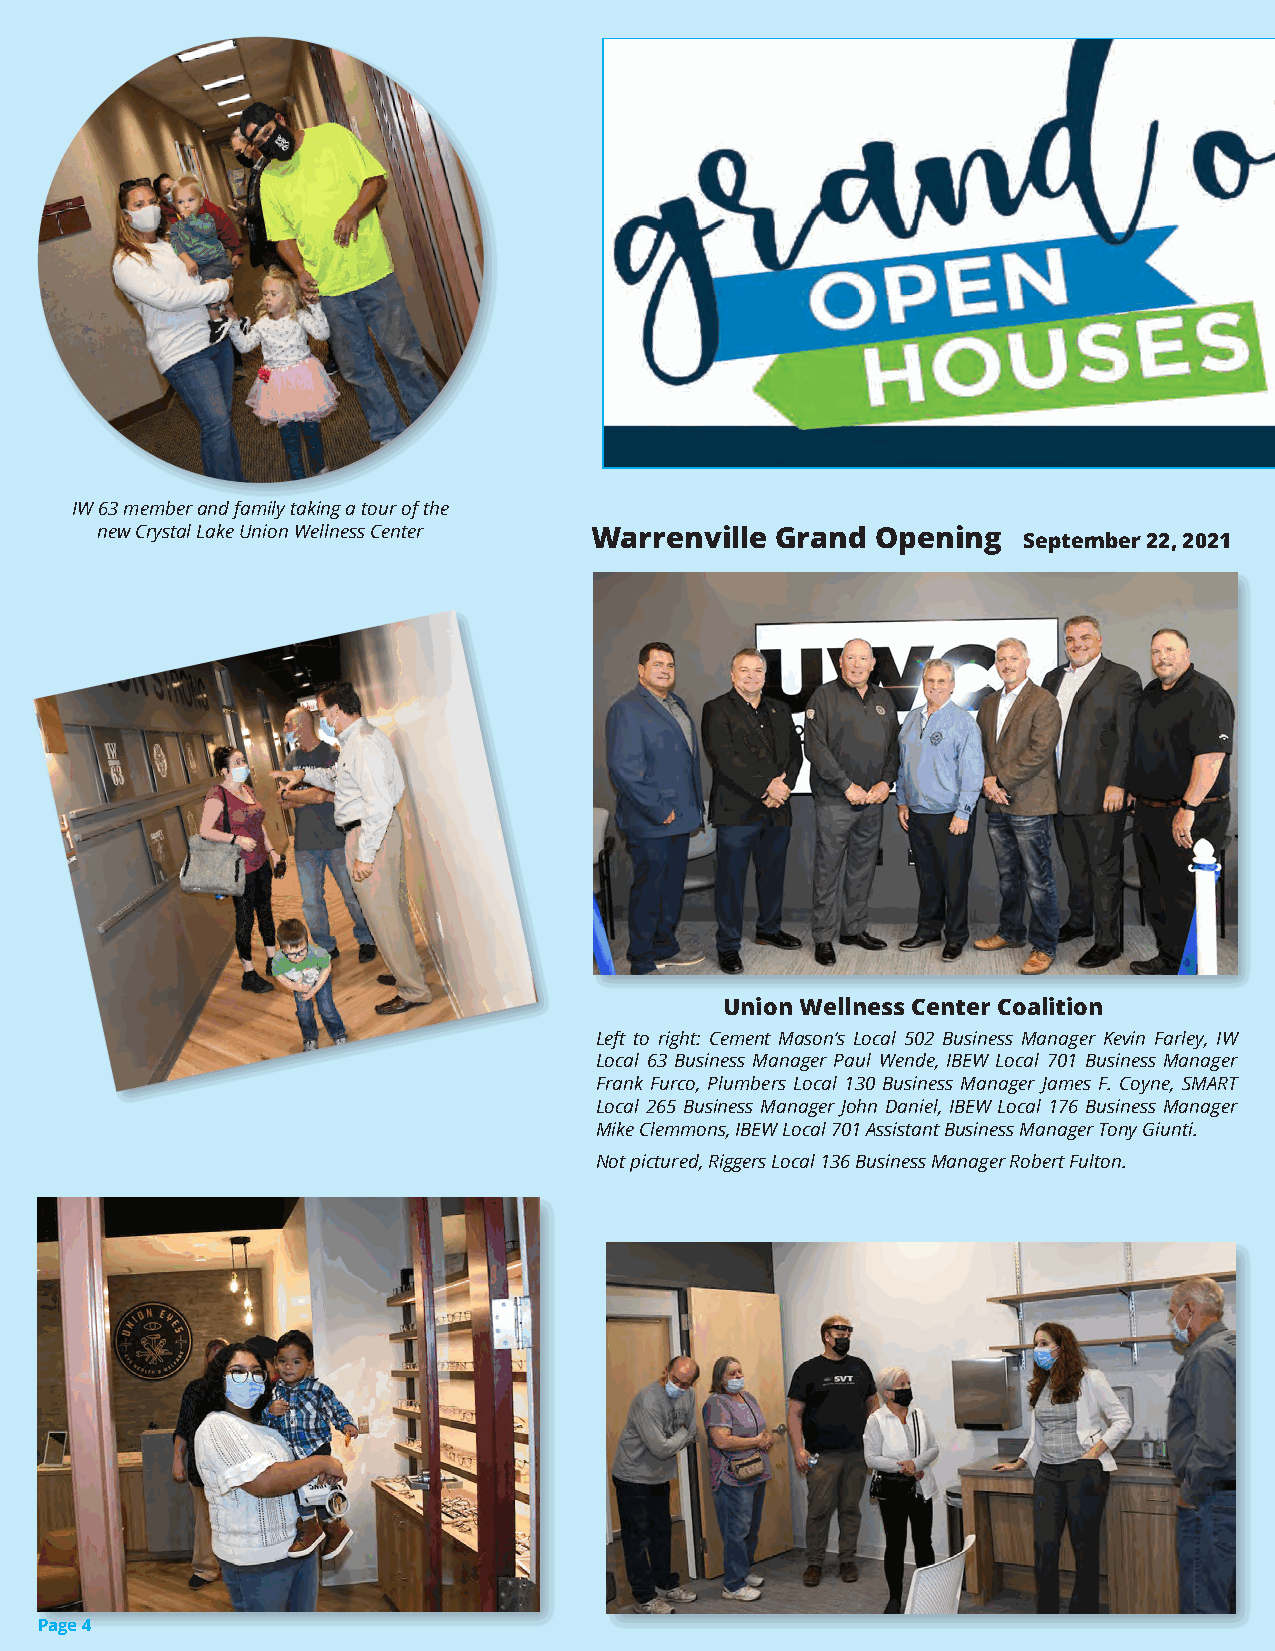
IW 63 member and family taking a tour of the FOUR      NEW      LOCATIONS!                        WE   INVITE  YOU  TO
 new Crystal Lake Union Wellness Center Warrenville Grand Opening September 22, 2021
 JOIN  US  AT EACH
 OF  OUR  OPEN
 HOUSES     FROM
 4:00  PM  to 7:00 PM
 TBD                 FOR INQUIRIES  CALL
 Union Wellness Center Coalition
 Left to right: Cement Mason’s Local 502 Business Manager Kevin Farley, IW
 Local 63 Business Manager Paul Wende, IBEW Local 701 Business Manager
 Frank Furco, Plumbers Local 130 Business Manager James F. Coyne, SMART
 Local 265 Business Manager John Daniel, IBEW Local 176 Business Manager
 Mike Clemmons, IBEW Local 701 Assistant Business Manager Tony Giunti.
 Not pictured, Riggers Local 136 Business Manager Robert Fulton.
 Page 4